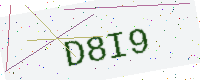
Text: D8I9